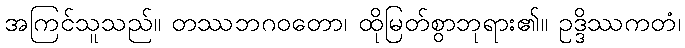
အကြင်သူသည်။ တဿဘဂဝတော၊ ထိုမြတ်စွာဘုရား၏။ ဥဒ္ဒိဿကတံ၊